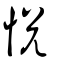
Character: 恱